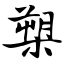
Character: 槊